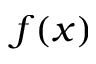
f ( x )